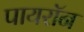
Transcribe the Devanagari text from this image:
पायराॅन